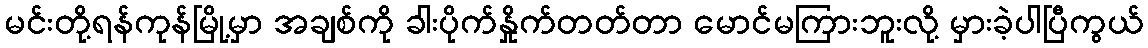
မင်းတို့ရန်ကုန်မြို့မှာ အချစ်ကို ခါးပိုက်နှိုက်တတ်တာ မောင်မကြားဘူးလို့ မှားခဲ့ပါပြီကွယ်